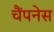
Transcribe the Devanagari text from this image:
चैंपनेस